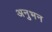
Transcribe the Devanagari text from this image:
अनुभन